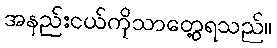
အနည်းငယ်ကိုသာတွေ့ရသည်။